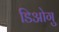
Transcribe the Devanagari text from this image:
डिओगु